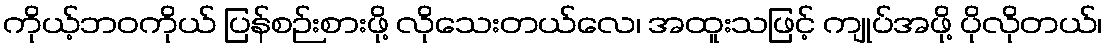
ကိုယ့်ဘဝကိုယ် ပြန်စဉ်းစားဖို့ လိုသေးတယ်လေ၊ အထူးသဖြင့် ကျုပ်အဖို့ ပိုလိုတယ်၊